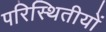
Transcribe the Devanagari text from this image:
परिस्थितीयों